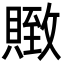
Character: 䞃